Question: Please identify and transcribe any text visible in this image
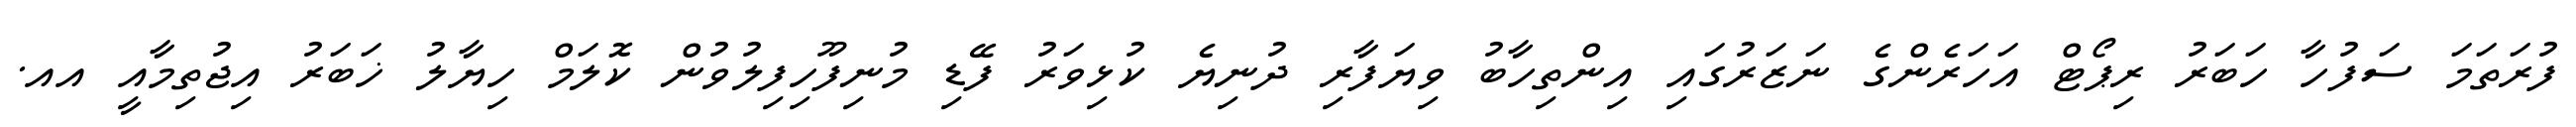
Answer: ފުރަތަމަ ސަފުހާ ހަބަރު ރިޕޯޓް އަހަރެންގެ ނަޒަރުގައި އިންތިހާބު ވިޔަފާރި ދުނިޔެ ކުޅިވަރު ފޭޑި މުނިފޫހިފިލުވުން ކޮލަމް ހިޔާލު ޚަބަރު އިޖުތިމާއީ އއ.